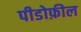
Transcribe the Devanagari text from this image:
पीडोफ़ील